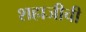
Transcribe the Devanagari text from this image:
शहाजीची